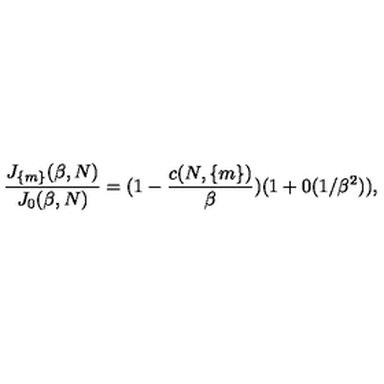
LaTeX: \frac { J _ { \{ m \} } ( \beta , N ) } { J _ { 0 } ( \beta , N ) } = ( 1 - \frac { c ( N , \{ m \} ) } { \beta } ) ( 1 + 0 ( 1 / \beta ^ { 2 } ) ) ,